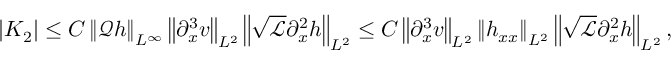
| K _ { 2 } | \leq C \left\| \mathscr { Q } h \right\| _ { L ^ { \infty } } \left\| \partial _ { x } ^ { 3 } v \right\| _ { L ^ { 2 } } \left\| \sqrt { \mathscr { L } } \partial _ { x } ^ { 2 } h \right\| _ { L ^ { 2 } } \leq C \left\| \partial _ { x } ^ { 3 } v \right\| _ { L ^ { 2 } } \left\| h _ { x x } \right\| _ { L ^ { 2 } } \left\| \sqrt { \mathscr { L } } \partial _ { x } ^ { 2 } h \right\| _ { L ^ { 2 } } ,